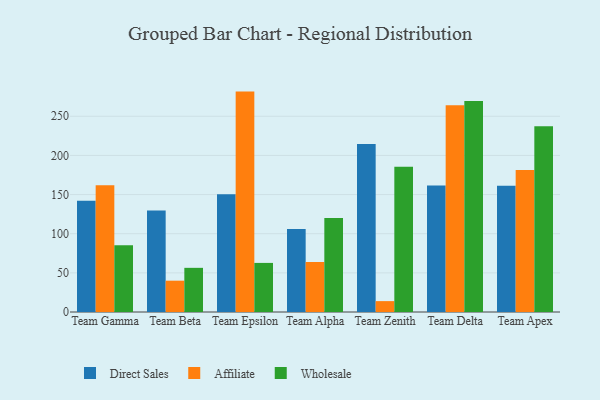
{"axis": {"x": "Team", "y": "Temperature (°C)"}, "legend": ["Affiliate", "Direct Sales", "Wholesale"], "data": [{"x": "Team Gamma", "y": 142.0, "type": "Direct Sales"}, {"x": "Team Gamma", "y": 161.8, "type": "Affiliate"}, {"x": "Team Gamma", "y": 85.1, "type": "Wholesale"}, {"x": "Team Beta", "y": 129.5, "type": "Direct Sales"}, {"x": "Team Beta", "y": 40.0, "type": "Affiliate"}, {"x": "Team Beta", "y": 56.4, "type": "Wholesale"}, {"x": "Team Epsilon", "y": 150.4, "type": "Direct Sales"}, {"x": "Team Epsilon", "y": 281.5, "type": "Affiliate"}, {"x": "Team Epsilon", "y": 62.7, "type": "Wholesale"}, {"x": "Team Alpha", "y": 106.1, "type": "Direct Sales"}, {"x": "Team Alpha", "y": 63.9, "type": "Affiliate"}, {"x": "Team Alpha", "y": 120.1, "type": "Wholesale"}, {"x": "Team Zenith", "y": 214.6, "type": "Direct Sales"}, {"x": "Team Zenith", "y": 13.9, "type": "Affiliate"}, {"x": "Team Zenith", "y": 185.6, "type": "Wholesale"}, {"x": "Team Delta", "y": 161.6, "type": "Direct Sales"}, {"x": "Team Delta", "y": 264.2, "type": "Affiliate"}, {"x": "Team Delta", "y": 269.6, "type": "Wholesale"}, {"x": "Team Apex", "y": 161.4, "type": "Direct Sales"}, {"x": "Team Apex", "y": 181.4, "type": "Affiliate"}, {"x": "Team Apex", "y": 237.1, "type": "Wholesale"}]}